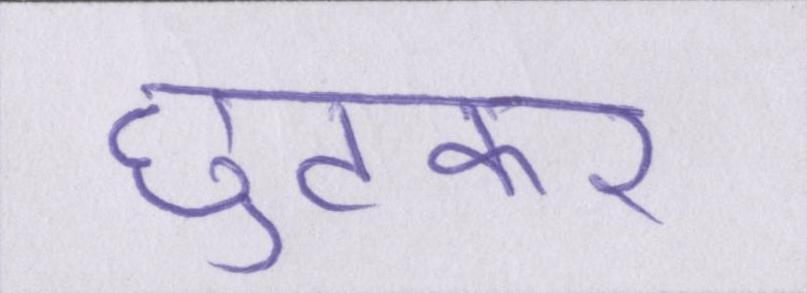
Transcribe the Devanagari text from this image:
छुटकर